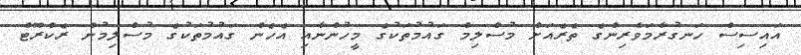
އައިސިސް ހަނގުރާމަވެރިންގެ ތެރެއަށް މުސްލިމް ގައުމުތަކުގެ މީހުންނާއި އެހެން ގައުމުތަކުގެ މުސްލިމުން ރެކްރޫޓް